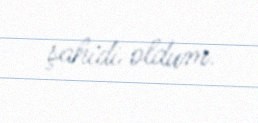
şahidi oldum.